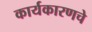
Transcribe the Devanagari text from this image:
कार्यकारणचे